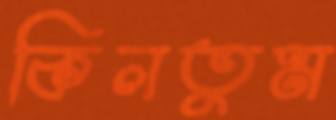
কিলতুম